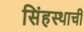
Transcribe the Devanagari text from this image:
सिंहस्थाची